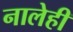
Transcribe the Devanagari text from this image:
नालेही